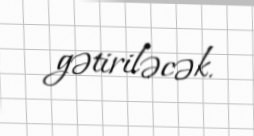
gətiriləcək.